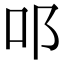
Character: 𨙫